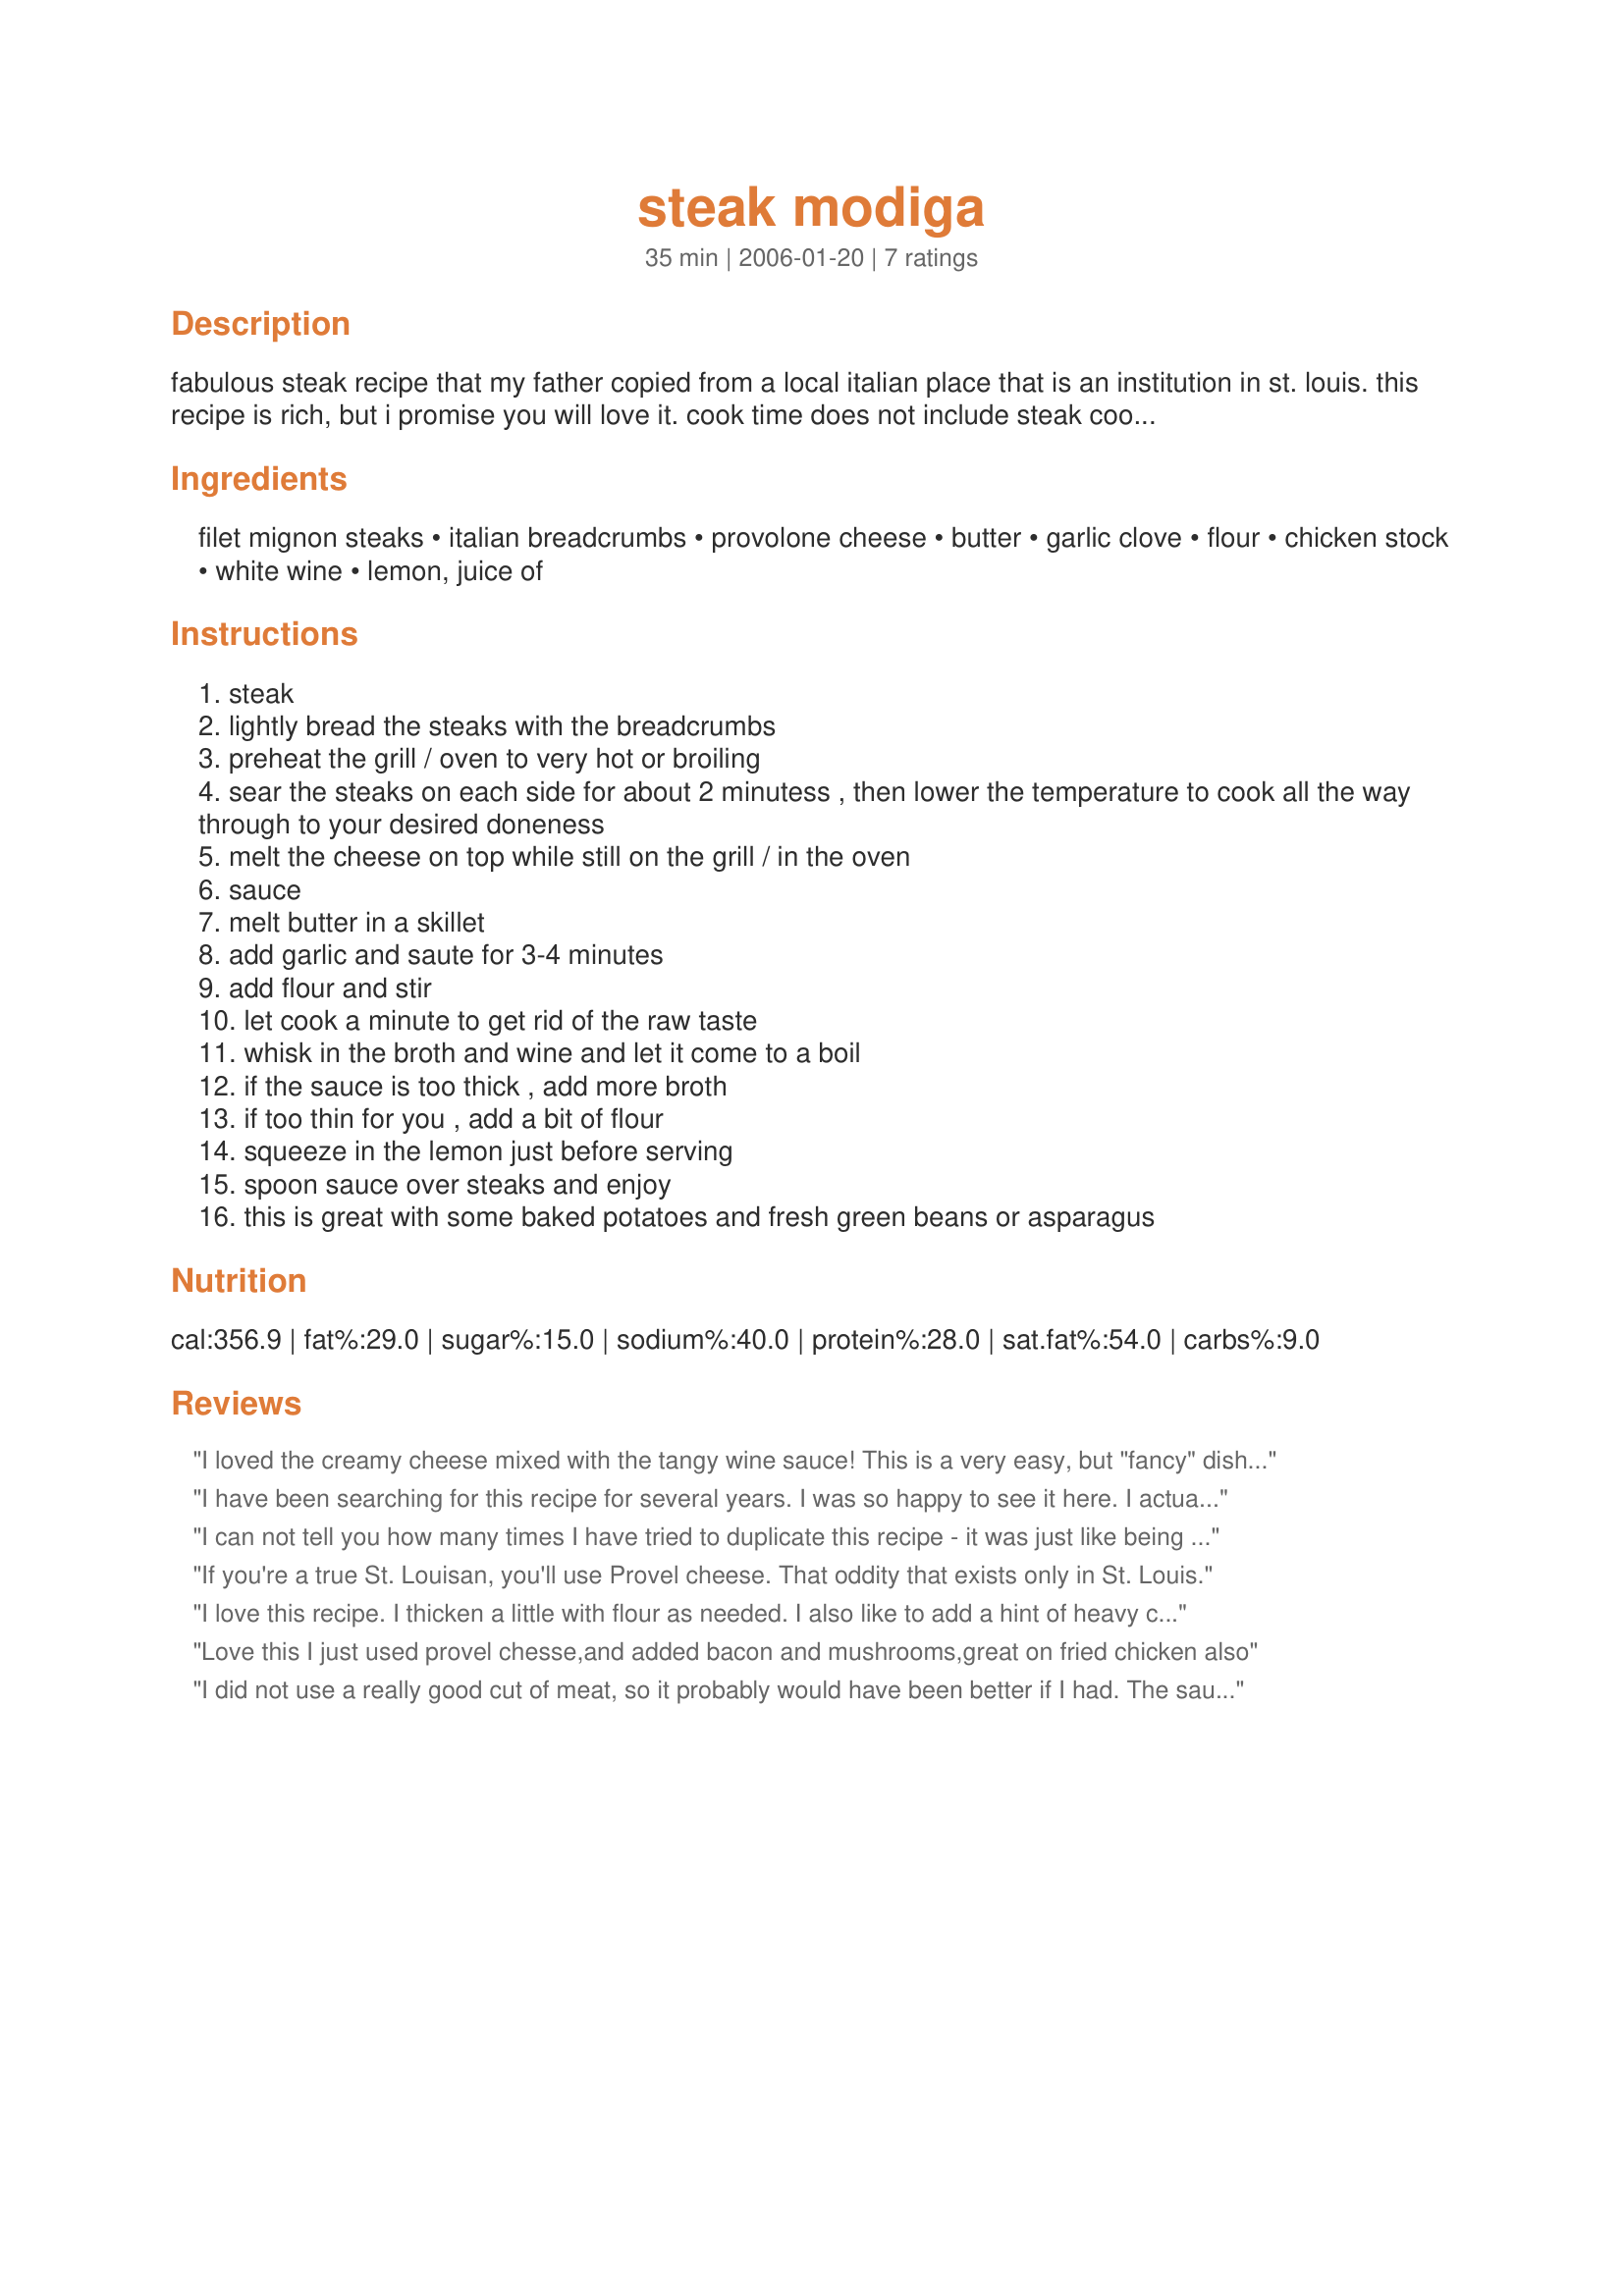
steak modiga
Preparation time: 35 minutes

fabulous steak recipe that my father copied from a local italian place that is an institution in st. louis. this recipe is rich, but i promise you will love it. cook time does not include steak cooking, as everyone likes theirs (at least in our family) to varying degrees of doneness. if you live in st. louis and like provelone cheese, use that here. for the wine, use a fuller one like chardonnay; pinot grisio and blancos tend to be too light.

Ingredients:
filet mignon steaks, italian breadcrumbs, provolone cheese, butter, garlic clove, flour, chicken stock, white wine, lemon, juice of

Steps:
steak
lightly bread the steaks with the breadcrumbs
preheat the grill / oven to very hot or broiling
sear the steaks on each side for about 2 minutess , then lower the temperature to cook all the way through to your desired doneness
melt the cheese on top while still on the grill / in the oven
sauce
melt butter in a skillet
add garlic and saute for 3-4 minutes
add flour and stir
let cook a minute to get rid of the raw taste
whisk in the broth and wine and let it come to a boil
if the sauce is too thick , add more broth
if too thin for you , add a bit of flour
squeeze in the lemon just before serving
spoon sauce over steaks and enjoy
this is great with some baked potatoes and fresh green beans or asparagus

Reviews:
I loved the creamy cheese mixed with the tangy wine sauce! This is a very easy, but "fancy" dish. My BF didn't care for the sauce (took off 1 star), but that's not surprising since he doesn't like the same "tang" that I do. Served with mashed potatoes - which I topped with more wine sauce!
I have been searching for this recipe for several years. I was so happy to see it here. I actually ate at this St. Louis restaurant with friends, they all had this (and raved) and I ordered something else and was so sorry I had not ordered this. Will definitely fix this for my husband, he will LOVE it. Thanks so much for posting!
I can not tell you how many times I have tried to duplicate this recipe - it was just like being back home. Great!
If you're a true St. Louisan, you'll use Provel cheese. That oddity that exists only in St. Louis.
I love this recipe. I thicken a little with flour as needed. I also like to add a hint of heavy cream. Gives is a nice creamy mixture. I also use breaded chicken instead of steak. Enjoy!
Love this I just used provel chesse,and added bacon and mushrooms,great on fried chicken also
I did not use a really good cut of meat, so it probably would have been better if I had. The sauce was really thin, so I added cornstarch, but I think that may have changed the taste of the sauce. I will probably make again, but will play around with the recipe.
